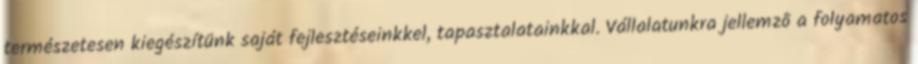
természetesen kiegészítünk saját fejlesztéseinkkel, tapasztalatainkkal. Vállalatunkra jellemzô a folyamatos